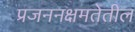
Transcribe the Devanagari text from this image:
प्रजननक्षमतेतील